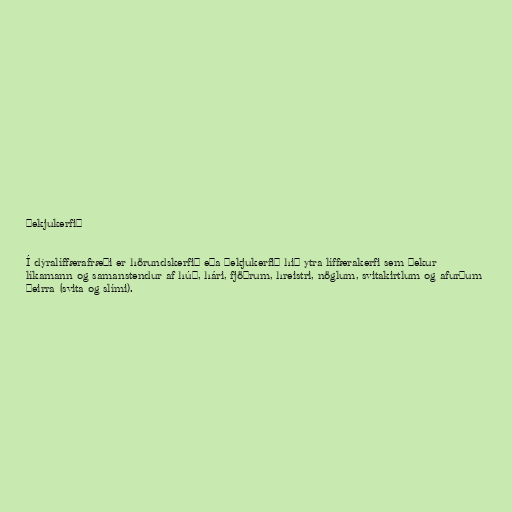
Þekjukerfið

Í dýralíffærafræði er hörundskerfið eða þekjukerfið hið ytra líffærakerfi sem þekur
líkamann og samanstendur af húð, hári, fjöðrum, hreistri, nöglum, svitakirtlum og afurðum
þeirra (svita og slími).